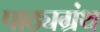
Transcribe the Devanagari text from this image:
पाठ्यग्रंथ